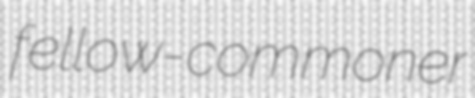
fellow-commoner